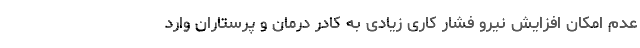
عدم امکان افزایش نیرو فشار کاری زیادی به کادر درمان و پرستاران وارد